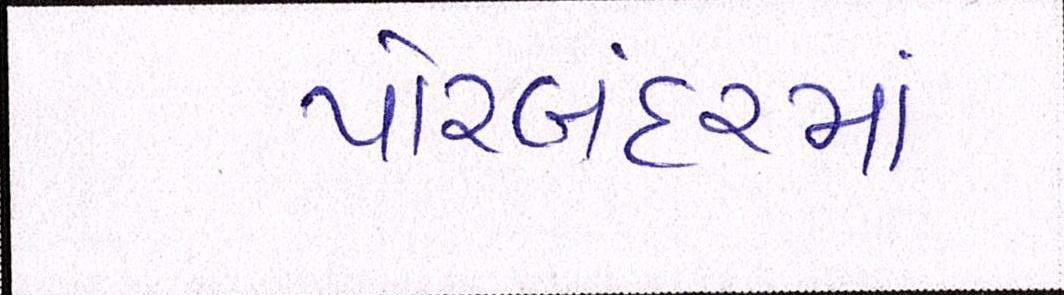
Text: પોરબંદરમાં